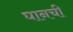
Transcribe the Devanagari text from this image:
घानची